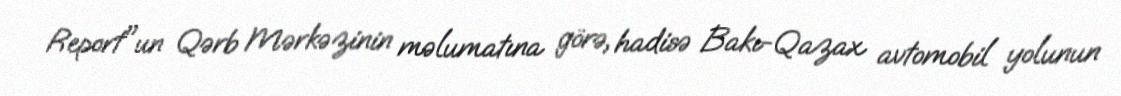
Report"un Qərb Mərkəzinin məlumatına görə, hadisə Bakı-Qazax avtomobil yolunun